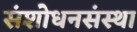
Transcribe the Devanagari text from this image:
संशोधनसंस्था